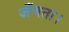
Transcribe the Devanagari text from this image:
जँचता।